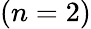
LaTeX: (n=2)